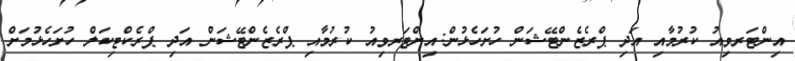
އިންޓަރވިއު ކުރުމާއި އަދި ޕްރެޒެންޓޭޝަން ހުށަހެޅުން:އިންޓަރވިއު ކުރުމާއި ޕްރެޒެންޓޭޝަން އަދި ޕްރެކްޓިކަލް ހުށަހެޅުމަށް